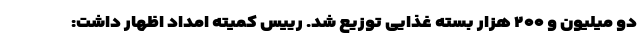
دو میلیون و ۲۰۰ هزار بسته غذایی توزیع شد. رییس کمیته امداد اظهار داشت: